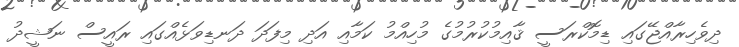
ދިވެހިރާއްޖޭގައި ޑިމޮކްރަސީ ޤާއިމުކުރުމުގެ މުހިއްމު ކަމާއި އަދި މިފަދަ ދަނޑިވަޅެއްގައި ރައީސް ނަޝީދު